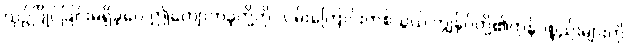
ယှဉ်ပြိုင်ခြင်းမရှိခဲ့ပေ ဤကျောက်ခဲ့တို့ကို လမ်းကြောင်းတစ်သွယ် ကျွန်ုပ်တို့၏ကုန်ပစ္စည်းများကို